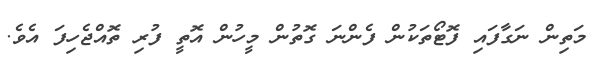
މަތިން ނަގާފައި ފޮޓޯތަކުން ފެންނަ ގޮތުން މީހުން އޮތީ ފުރި ތޮއްޖެހިފަ އެވެ.